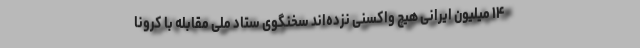
۱۴ میلیون ایرانی هیچ واکسنی نزده‌اند سخنگوی ستاد ملی مقابله با کرونا­